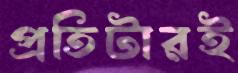
প্রতিটারই